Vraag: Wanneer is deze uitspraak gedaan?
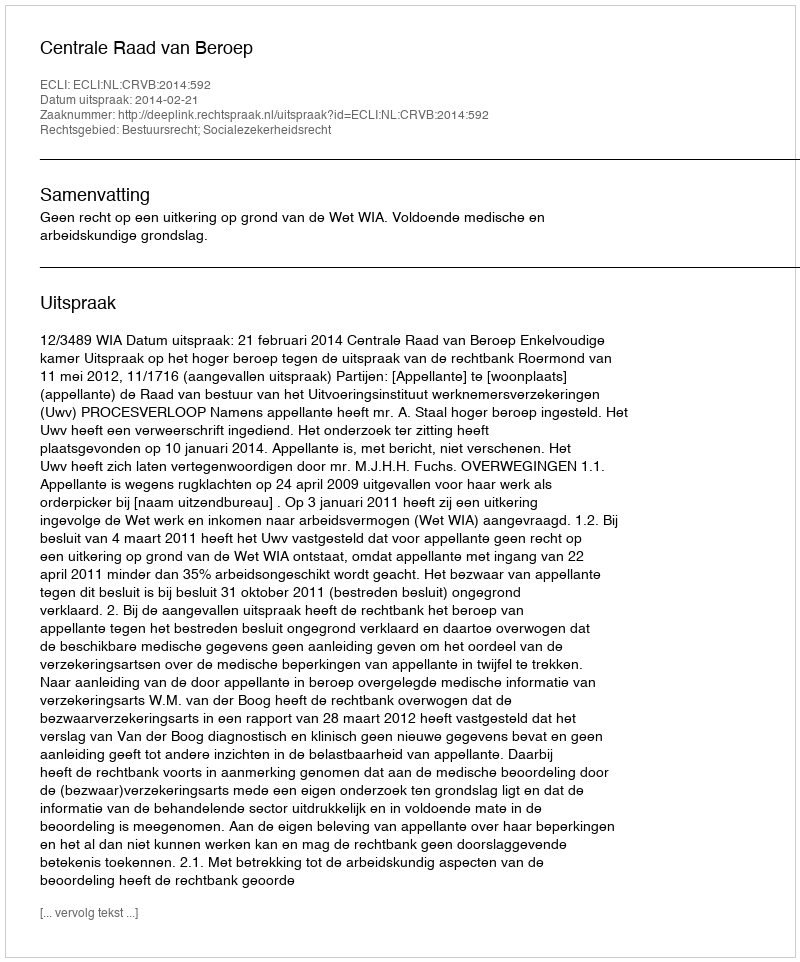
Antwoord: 2014-02-21